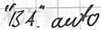
Text: "BA".auto